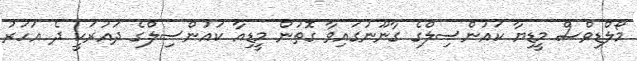
މޯލްޑިވްސް މީޑިޔާ ކައުންސިލްގެ ގާނޫނުގައިވާ ގޮތުން މީޑިއާ ކައުންސިލްގެ ދައުރަކީ ދެ އަހަރު